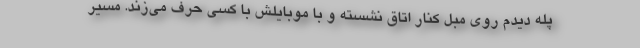
پله دیدم روی مبل کنار اتاق نشسته و با موبایلش با کسی حرف می‌زند. مسیر